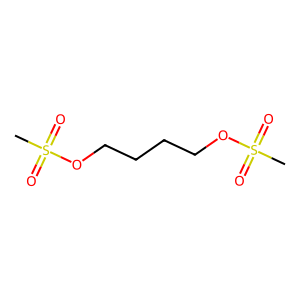
SMILES: CS(=O)(=O)OCCCCOS(C)(=O)=O
Inhibits HIV replication: No